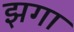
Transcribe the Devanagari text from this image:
झगा